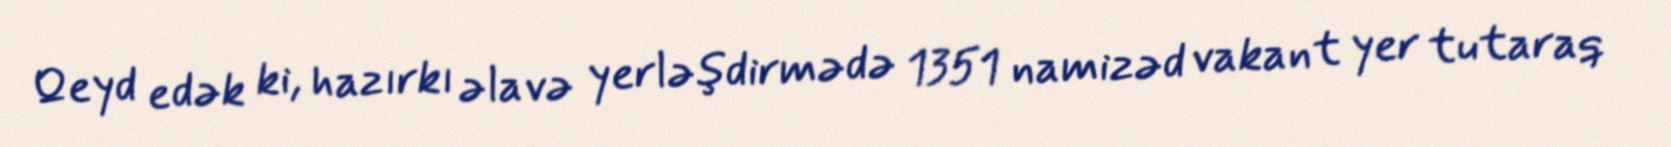
Qeyd edək ki, hazırkı əlavə yerləşdirmədə 1351 namizəd vakant yer tutaraq